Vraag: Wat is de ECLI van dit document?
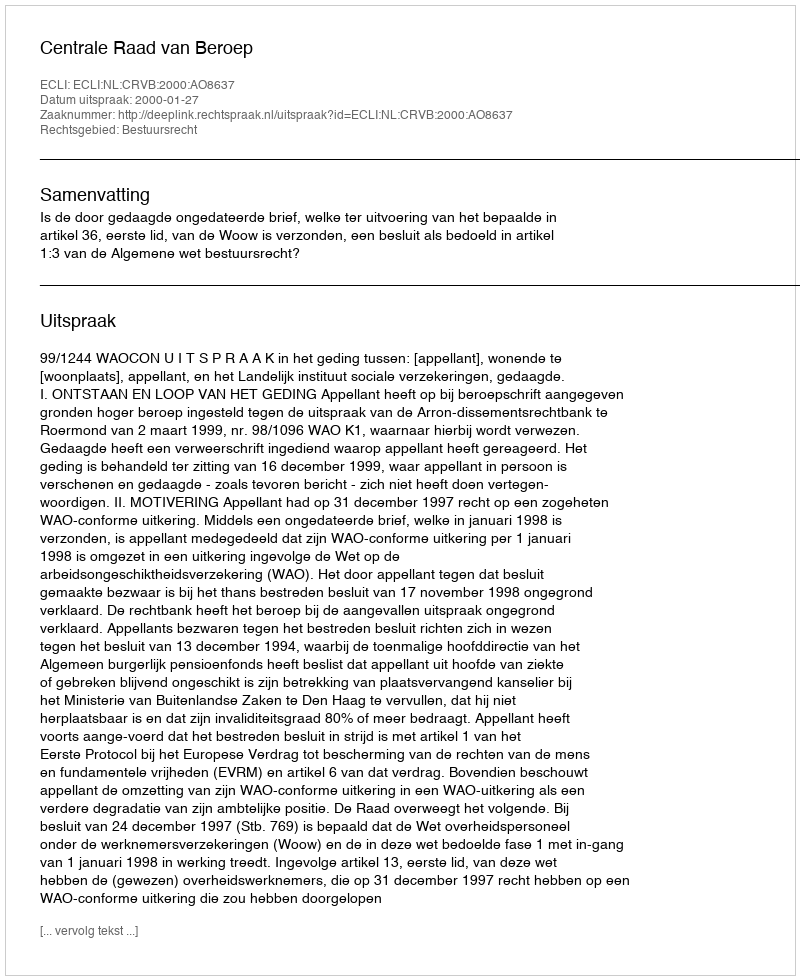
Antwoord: ECLI:NL:CRVB:2000:AO8637